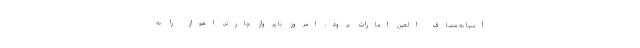
آسیا به مصاف العین امارات برود، امروز با پرواز چارتر، اهواز را به